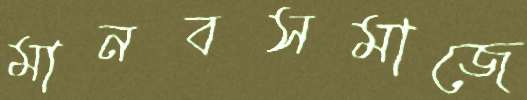
মানবসমাজে